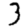
Digit: 3